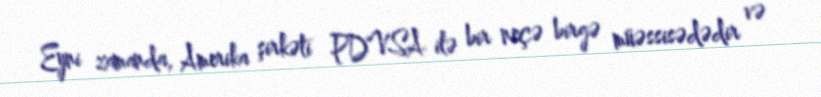
Eyni zamanda, Amerika şirkəti PDVSA ilə bir neçə birgə müəssisədədir və